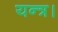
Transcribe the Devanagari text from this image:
यन्त्र।